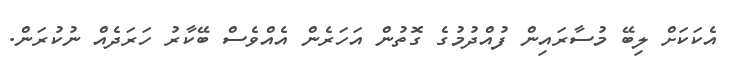
އެކަކަށް ލިބޭ މުސާރައިން ފުއްދުމުގެ ގޮތުން އަހަރެން އެއްވެސް ބޭކާރު ހަރަދެއް ނުކުރަން.